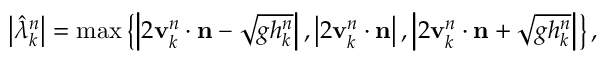
\left| \hat { \lambda } _ { k } ^ { n } \right| = \operatorname* { m a x } \left\lbrace \left| 2 \mathbf { v } _ { k } ^ { n } \cdot \mathbf { n } - \sqrt { g h _ { k } ^ { n } } \right| , \left| 2 \mathbf { v } _ { k } ^ { n } \cdot \mathbf { n } \right| , \left| 2 \mathbf { v } _ { k } ^ { n } \cdot \mathbf { n } + \sqrt { g h _ { k } ^ { n } } \right| \right\rbrace ,